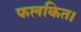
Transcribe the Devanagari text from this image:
फलकित।